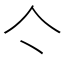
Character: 亽